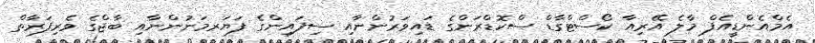
އެމްއެންޑީއެފް މާލެ އޭރިއާ ކޯސްޓްގާޑް ސްކޮޑްރަންގެ ޑައިވަރުންނާއި ސިފައިންގެ ފަޔަރމަނުންނާއި ބާޖްގެ ވެރިފަރާތް